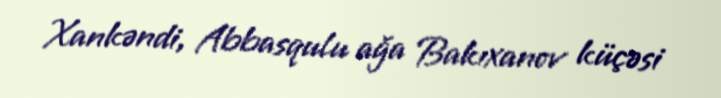
Xankəndi, Abbasqulu ağa Bakıxanov küçəsi